Civil Veterinary Dept. North-West Frontier Province 1923-32 - 1923-1932
Year: 1923
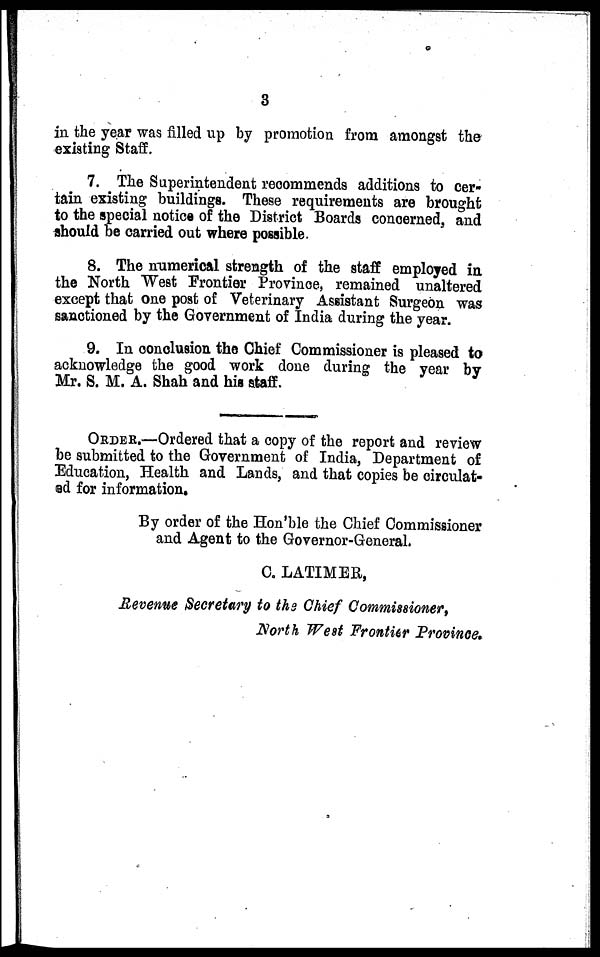
3
in the year was filled up by promotion from amongst the
existing Staff.
7. The Superintendent recommends additions to cer-
tain existing buildings. These requirements are brought
to the special notice of the District Boards concerned, and
should be carried out where possible.
8. The numerical strength of the staff employed in,
the North West Frontier Province, remained unaltered
except that one post of Veterinary Assistant Surgeon was
sanctioned by the Government of India during the year.
9. In conclusion the Chief Commissioner is pleased to
acknowledge the good work done during the year by
Mr. S. M. A. Shah and his staff.
ORDER.—Ordered that a copy of the report and review
be submitted to the Government of India, Department of
Education, Health and Lands, and that copies be circulat-
ed for information.
By order of the Hon'ble the Chief Commissioner
and Agent to the Governor-General.
C. LATIMER,
Revenue Secretary to the Chief Commissioner,
North West Frontier Province.